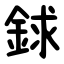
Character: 銶